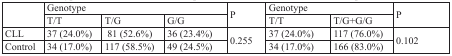
<table><thead><tr><td rowspan="2"></td><td colspan="3"><b>Genotype</b></td><td rowspan="2"><b>P</b></td><td colspan="2"><b>Genotype</b></td><td rowspan="2"><b>P</b></td></tr><tr><td><b>T/T</b></td><td><b>T/G</b></td><td><b>G/G</b></td><td><b>T/T</b></td><td><b>T/G+G/G</b></td></tr></thead><tbody><tr><td>CLL</td><td>37 (24.0%)</td><td>81 (52.6%)</td><td>36 (23.4%)</td><td rowspan="2">0.255</td><td>37 (24.0%)</td><td>117 (76.0%)</td><td rowspan="2">0.102</td></tr><tr><td>Control</td><td>34 (17.0%)</td><td>117 (58.5%)</td><td>49 (24.5%)</td><td>34 (17.0%)</td><td>166 (83.0%)</td></tr></tbody></table>